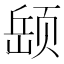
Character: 𫖵